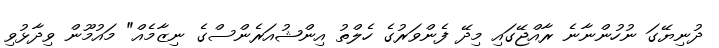
ދުނިޔޭގަ ނުހުންނާނެ ރާއްޖޭގައި މިދޭ ފެންވަރުގެ ހެލްތު އިންޝުއަރެންސްގެ ނިޒާމެއް" މައުމޫން ވިދާޅުވި